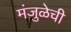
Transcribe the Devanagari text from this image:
मंजुळेची